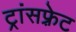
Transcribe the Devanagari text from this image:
ट्रांसफ़्रेट